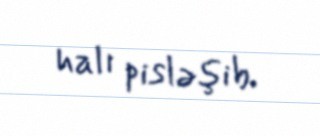
halı pisləşib.